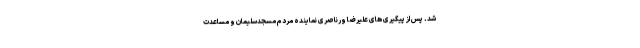
شد. پس از پیگیری های علیرضا ورناصری نماینده مردم مسجدسلیمان و مساعدت